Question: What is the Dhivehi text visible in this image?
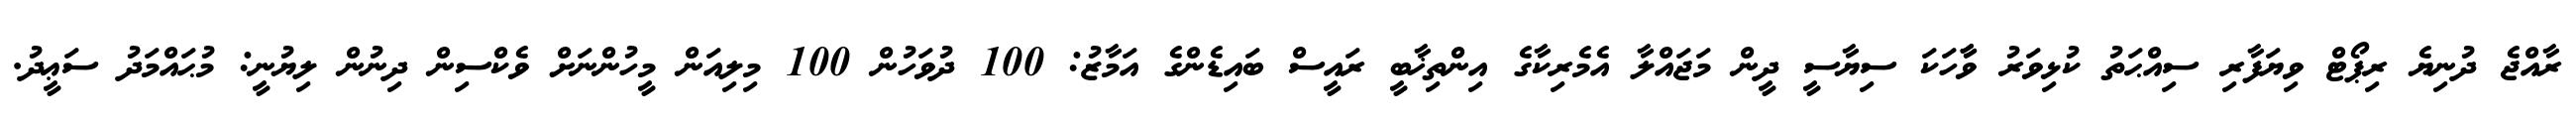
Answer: ރާއްޖެ ދުނިޔެ ރިޕޯޓް ވިޔަފާރި ސިއްޙަތު ކުޅިވަރު ވާާހަކަ ސިޔާސީ ދީން މަޖައްލާ އެމެރިކާގެ އިންތިޚާބީ ރައީސް ބައިޑެންގެ އަމާޒު: 100 ދުވަހުން 100 މިލިއަން މީހުންނަށް ވެކްސިން ދިނުން ލިޔުނީ: މުޙައްމަދު ސަޢީދު.